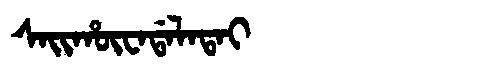
Manchu: ᠰᠠᡳᡥᡡᠸᠠᡩᠠᠯᠠᡨᠠᡳ
Romanization: SAIHŪWADALATAI